Vital statistics of India. Vol. V, Reports of 1876 on armies & jails and on epidemic cholera
Year: 1876
Disease focus: Cholera
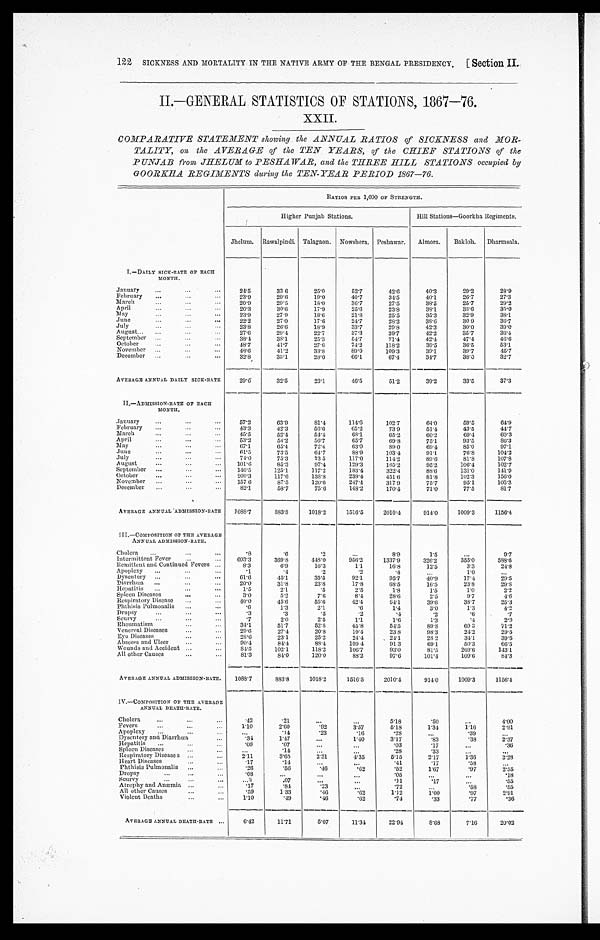
SICKNESS AND MORTALITY IN THE NATIVE ARMY OF THE BENGAL PRESIDENCY.
[Section II.
I22
II.—GENERAL STATISTICS OF STATIONS, 1867—76.
XXII.
COMPARATIVE STATEMENT showing the ANNUAL RATIOS of SICKNESS and MOR
-
TALITY, on the AVERAGE of the TEN YEARS, of the CHIEF STATIONS of the
PUNJAB from JHELUM to PESHAWAR, and the THREE HILL STATIONS occupied by
GOORKHA REGIMENTS during the TEN-YEAR PERIOD 1867—76.
RATIOS PER 1,000 OF STRENGTH.
Higher Punjab Stations.
Hill Stations—Goorkha Regiments.
Jhelum.
Rawalpindi. Talagaon.
Nowshera. Peshawar.
Almora.
Bakloh.
Dharmsala.
I.—DAILY SICK-RATE OF EACH
MONTH.
January . . .
24.5
33.6
25.0
52.7
42.6
40.3
29.2
28.9
February . . .
23.9
29.6
19.0
40.7
34.5
40.1
26.7
27.3
March . . .
20. 9
29.5
18.0
36.7
27.5
38.5
25.7
29.2
April . . .
20.3
30.6
17.9
25.6
23.8
38.1
33.6
35.0
May . . .
23.9
27.9
18.6
21.8
25.5
35.3
32.9
38.1
June . . .
22.2
27.0
17.6
24.7
28.2
38.6
30.9
3 6 . 7
July . . .
23.8
26.6
18.9
33.7
29.8
42.3
30.0
39.0
August . . .
27. 6
29.4
22.7
37.3
39. 7
42.2
35.7
3 6 . 4
September . . .
38. 4
38.1
25.3
54.7
71.4
42.4
47.4
46.6
October . . .
48.7
41.7
27. 6
74.2
118.2
39.5
36.5
5 3 . 1
November . . .
48.6
41.2
33.8
89.0
109.3
39.1
39.7
45.7
December . . .
32.8
33.1
28.0
66.1
67.4
34.7
38.0
32.7
AVERAGE ANNUAL DAILY SICK-RATE
29.6
32.5
23.1
46.5
51.2
39.2
33.5
37.3
II.—ADMISSION-RATE OF EACH
M O N T H .
January . . .
57.2
63.9
81.4
114.6
102.7
64.0
59.5
64.9
February . . .
43.3
42.3
56.6
65.2
73.9
51.1
43.5
44.7
March . . .
45.5
52.4
54.4
68.1
65.2
60. 2
69.4
60.3
April . . .
53.2
54.2
56.7
65.7
69.8
75.1
93.5
86.3
May . . .
67.1
65.4
72.4
63.0
89.0
69.4
85.0
97.1
June . . .
61.5
73.5
64.7
88.9
103.4
91.1
76.8
1 0 4 . 2
July . . .
74.0
75.3
73.5
117.0
114.2
89. 6
81.8
107.8
August . . .
101.6
85.3
97.4
129.3
165.2
95.2
106.4
102.7
September . . .
146.5
125.1
117.2
183.4
322.4
88. 6
131.0
141.9
October . . .
209.3
117.6
138.8
239.4
451.6
81.8
102.3
156.0
November . . .
157.6
87.5
120.6
247.4
317.9
75.7
95.1
105.3
December . . .
82.1
58.7
75.6
148.2
170.4
71.0
77.5
8 1 . 7
AVERAGE ANNUAL ADMISSION-RATE
1088.7
883.8
1018.2
1516.5
2010.4
914.0
1009.3
1156.4
III.—COMPOSITION OF THE AVERAGE
ANNUAL ADMISSION-RATE.
Cholera . . .
.8
.6
.2
. . .
8.9
1.5
. . .
9.7
Intermittent. Fever . . .
603.3
369.8
448.0
956.2
1337.9
326.2
355.0
5 8 8 . 6
Remittent and Continued Fevers . . .
8.3
6.9
16.3
1.1
16.8
12.5
3.3
24.8
Apoplexy . . .
. 1
.4
.2
.2
.4
. . .
1.0
. . .
Dysentcry . . .
61.6
45.1
35.5
92. 1
95.7
40.9
17.4
29.5
Diarrhœa . . .
20.0
31.8
23. 8
17.8
68.5
16.5
23.8
29.8
Hepatitis . . .
1.5
2.1
.5
2.5
1 . 8
1.5
1.0
2.2
Spleen Diseases . . .
3.0
5.2
7.6
8.4
28.6
2.5
9.7
4 . 6
Respiratory Disease . . .
40.0
45.6
55.6
42.4
64.1
39.6
38.7
25.3
Phthisis Pulmonalis . . .
.6
1.3
2.1
.6
1 . 4
3.0
1.3
4.2
Dropsy . . .
.3
.3
.5
.2
.4
.2
.6
.7
Scurvy . . .
.7
2 . 0
2.5
1.1
1.6
1.3
.4
2.9
Rheumatism . . .
34.1
51.7
52. 8
45.8
54.5
89. 8
69 3
71.2
Venereal Diseases . . .
2 0 . 6
27.4
20. 8
19.4
23.8
98. 3
24.2
29.5
Eye Diseases . . .
28.6
23.1
25.2
24.4
24.1
28.2
34.1
39.5
Abscess and Ulcer . . .
90. 4
84. 4
88.4
109.4
91.3
69. 1
50' . 3
66.5
Wounds and Accident . . .
84.5
102.1
118.2
106.7
93.0
81.5
269.6
143.1
All other Causes . . .
81.3
84.0
120.0
88.2
97.6
101.4
109.6
8 4 . 3
AVERAGE ANNUAL ADMISSION-RATE.
1088.7
883.8
1018.2
1516.5
2010.4
914.0
1009.3
1156.4
IV.—COMPOSITION OF THE AVERAGE
ANNUAL DEATH-RATE.
Cholera . . .
.42
.21
. . .
. . .
5.18
.50
. . .
4.00
Fevers . . .
1.10
2.60
. 9 2
3.57
5.18
1. 34
1.16
2.91
Apoplexy . . .
. . .
.14
. 2 3
.16
.28
. . .
. 3 9
. . .
Dysentery and Diarrhœa . . .
.34
1.47
. . .
1.40
3.17
.83
. 3 8
2.37
Hepatitis . . .
. 08
.07
. . .
. . .
.03
.17
. . .
.36
Spleen Diseases . . .
. . .
. 1 4
. . .
. . .
.28
.33
. . .
. . .
Respiratory Diseases . . .
2.11
3.65
2.31
4.35
5.15
2.17
1.36
3.28
Heart Diseases . . .
.17
.14
. . .
. . .
.41
.17
. 5 8
. . .
Phthisis Pulmonalis . . .
.26
.56
. 4 6
.62
.52
1.67
. 9 7
2.55
Dropsy . . .
. 0 8
. . .
. . .
. . .
.05
. . .
. . .
. 1 8
Scurvy . . .
. . .
.07
. . .
. . .
.11
.17
. . .
.55
Atrophy and Anaæmia . . .
.17
.84
.23
. . .
.72
. . .
. 5 8
.55
All other Causes . . .
.59
1.33
.46
.62
1.12
1.00
. 9 7
2.91
Violent Deaths . . .
1 . 1 0
.49
.46
.62
.74
.33
.77
.36
AVRRAGE ANNUAL DEATH-RATE . . .
6.42
11.71
5.07
11.34
22.94
8.68
7.16
20.02